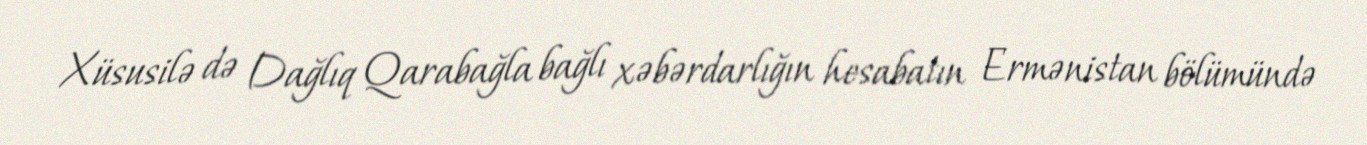
Xüsusilə də Dağlıq Qarabağla bağlı xəbərdarlığın hesabatın Ermənistan bölümündə